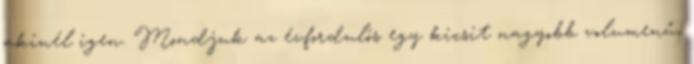
akinél igen. Mondjuk az évfordulós egy kicsit nagyobb volumenű,